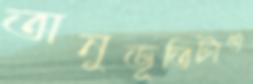
অনুভূতিটাও